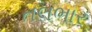
તલભાર